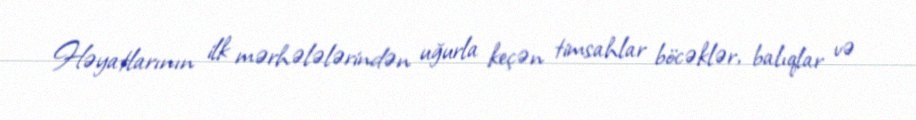
Həyatlarının ilk mərhələlərindən uğurla keçən timsahlar böcəklər, balıqlar və